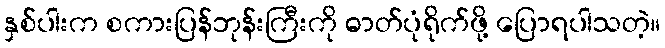
နှစ်ပါးက စကားပြန်ဘုန်းကြီးကို ဓာတ်ပုံရိုက်ဖို့ ပြောရပါသတဲ့။